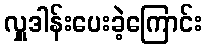
လှူဒါန်းပေးခဲ့ကြောင်း